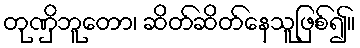
တုဏှိဘူတော၊ ဆိတ်ဆိတ်နေသူဖြစ်၍။